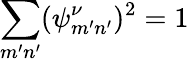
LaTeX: \sum_{m^{\prime}n^{\prime}}(\psi_{m^{\prime}n^{\prime}}^{\nu})^{2}=1